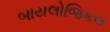
બાયલોજિકલ